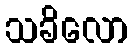
သခိလော